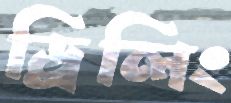
ড্রিলিং